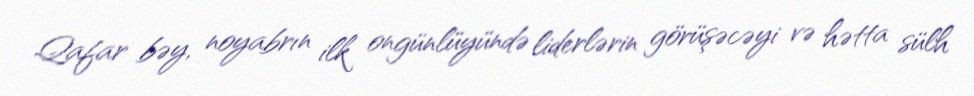
Qafar bəy, noyabrın ilk ongünlüyündə liderlərin görüşəcəyi və hətta sülh